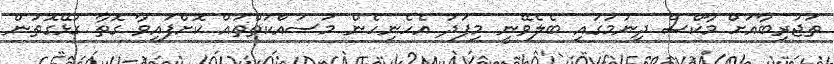
ތަޖުރިބާއަށް މާކްސް ދިނުމުގައި ބެލެވޭނީ މިފަދަ އެހެނިހެން މަސައްކަތްތައް ކޮށްފައިވާ ގޮތާ ގުޅޭގޮތުން